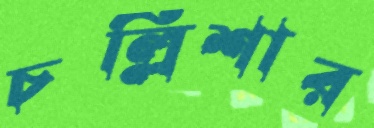
চল্লিশার